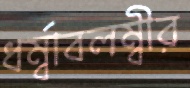
ধর্ম্বাবলম্বীর